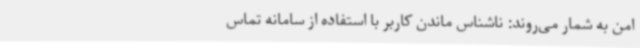
امن به شمار می‌روند: ناشناس ماندن کاربر با استفاده از سامانه تماس